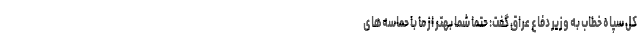
کل سپاه خطاب به وزیر دفاع عراق گفت: حتما شما بهتر از ما با حماسه‌های